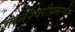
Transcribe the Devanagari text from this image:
ज्ञानेश्वरीप्रमाणेच